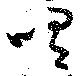
喟